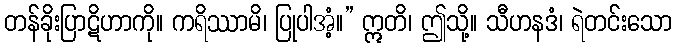
တန်ခိုးပြာဋိဟာကို။ ကရိဿာမိ၊ ပြုပါအံ့။” ဣတိ၊ ဤသို့။ သီဟနဒံ၊ ရဲတင်းသော